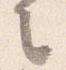
言